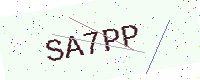
Text: SA7PP